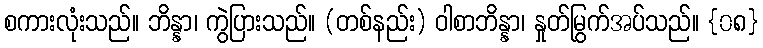
စကားလုံးသည်။ ဘိန္နာ၊ ကွဲပြားသည်။ (တစ်နည်း) ဝါစာဘိန္နာ၊ နှုတ်မြွက်အပ်သည်။ {၀၈}